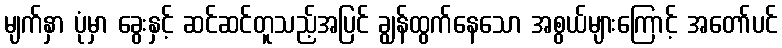
မျက်နှာ ပုံမှာ ခွေးနှင့် ဆင်ဆင်တူသည့်အပြင် ချွန်ထွက်နေသော အစွယ်များကြောင့် အတော်ပင်